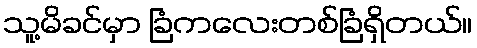
သူ့မိခင်မှာ ခြံကလေးတစ်ခြံရှိတယ်။